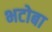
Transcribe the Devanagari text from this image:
भटोबा